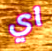
اي